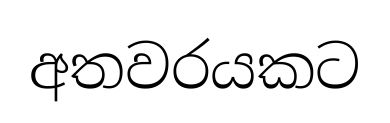
අතවරයකට